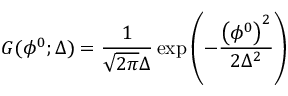
G ( \phi ^ { 0 } ; \Delta ) = \frac { 1 } { \sqrt { 2 \pi } \Delta } \exp \left( - \frac { \left( \phi ^ { 0 } \right) ^ { 2 } } { 2 \Delta ^ { 2 } } \right)